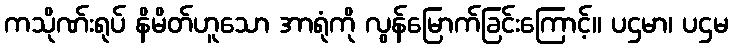
ကသိုဏ်းရုပ် နိမိတ်ဟူသော အာရုံကို လွန်မြောက်ခြင်းကြောင့်။ ပဌမာ၊ ပဌမ